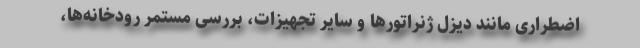
اضطراری مانند دیزل ژنراتورها و سایر تجهیزات، بررسی مستمر رودخانه‌ها،